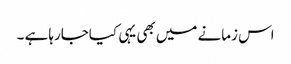
اس زمانے میں بھی یہی کیاجارہا ہے ۔